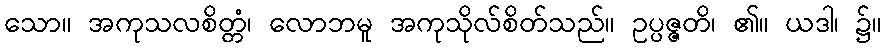
သော။ အကုသလစိတ္တံ၊ လောဘမူ အကုသိုလ်စိတ်သည်။ ဥပ္ပဇ္ဇတိ၊ ၏။ ယဒါ၊ ၌။